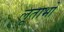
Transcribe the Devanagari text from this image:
लूताभों